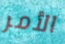
الأمر